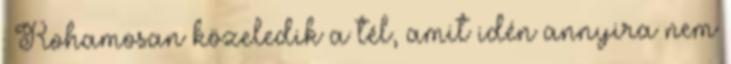
: Rohamosan közeledik a tél, amit idén annyira nem